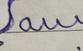
Signature authenticity: forged